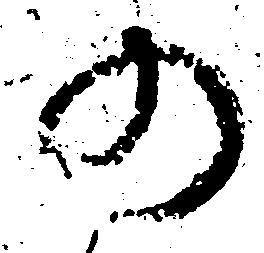
の